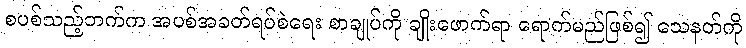
စပစ်သည့်ဘက်က အပစ်အခတ်ရပ်စဲရေး စာချုပ်ကို ချိုးဖောက်ရာ ရောက်မည်ဖြစ်၍ သေနတ်ကို